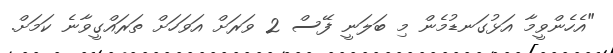
"އެހެންވީމާ އަޅުގަނޑުމެން މި ބަލަނީ ފޭސް 2 ވަރަށް އަވަހަށް ތަރައްގީވާނެ ކަމަށް.